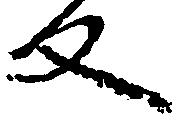
反